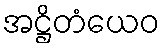
အဋ္ဌိတံယေဝ